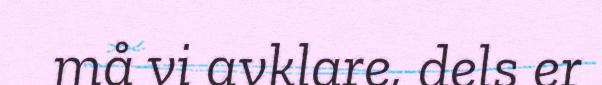
må vi avklare, dels er